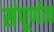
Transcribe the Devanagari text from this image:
संपूर्णत्व